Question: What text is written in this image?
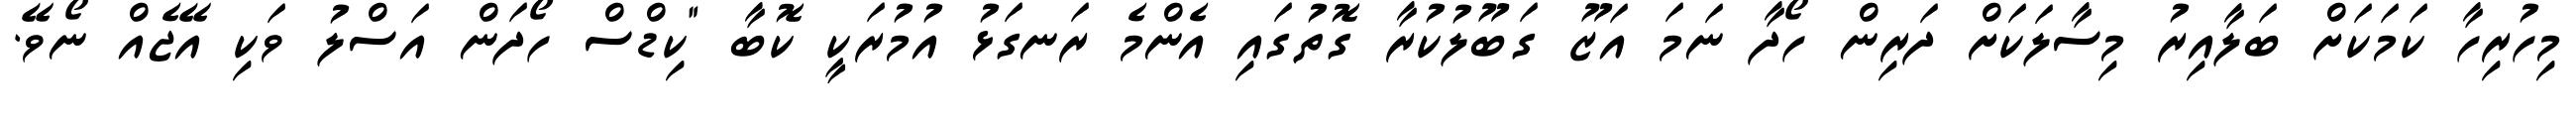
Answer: މިހުރިހާ ކަމަކަށް ބަލާއިރު މިސާލަކަށް ދަރިން ހޯދާ ނަމަ އަޒޫ ގަބޫލުކުރާ ގޮތުގައި އެންމެ ރަނގަޅު އުމުރަކީ ކޮބާ "ކިޑްސް ހޯދަން އަސްލު ވަކި އޭޖެއް ނޯވޭ.